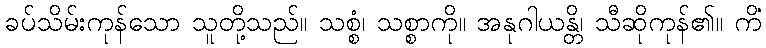
ခပ်သိမ်းကုန်သော သူတို့သည်။ သစ္စံ၊ သစ္စာကို။ အနုဂါယန္တိ၊ သီဆိုကုန်၏။ ကိံ